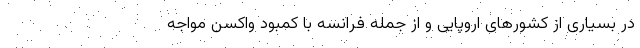
در بسیاری از کشورهای اروپایی و از جمله فرانسه با کمبود واکسن مواجه